Report of the Indian Hemp Drugs Commission, 1894-1895 - Volume IV
Year: 1894
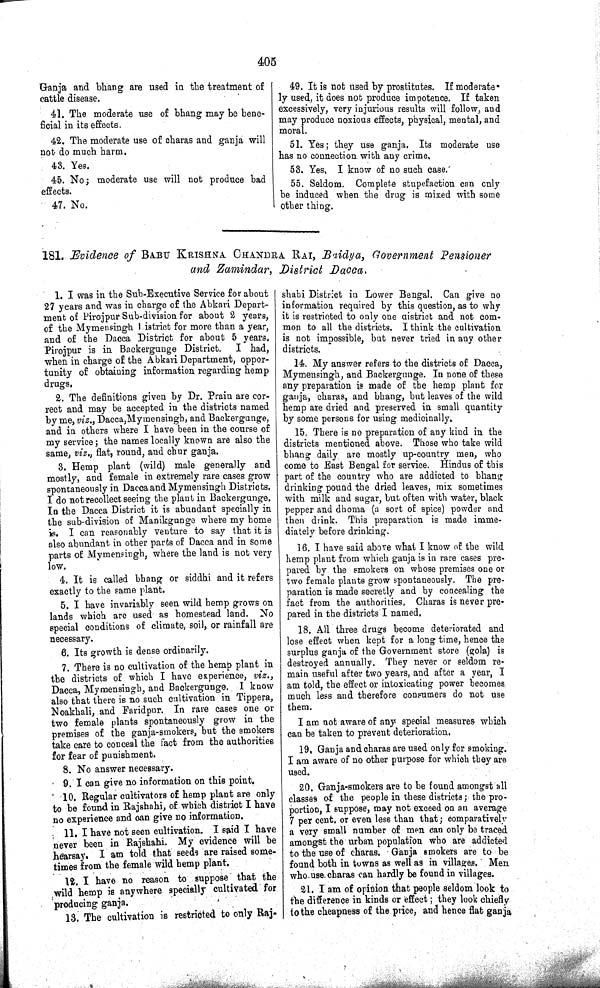
405
Ganja and bhang are used in the treatment of
cattle disease.
41. The moderate use of bhang may be bene-
ficial in its effects.
42. The moderate use of charas and ganja will
not do much harm.
43. Yes.
45. No; moderate use will not produce bad
effects.
47. No.
49. It is not used by prostitutes. If moderate-
ly used, it does not produce impotence. If taken
excessively, very injurious results will follow, and
may produce noxious effects, physical, mental, and
moral.
51. Yes; they use ganja. Its moderate use
has no connection with any crime.
53. Yes, I know of no such case.
55. Seldom. Complete stupefaction can only
be induced when the drug is mixed with some
other thing.
181. Evidence of BABU KRISHNA CHANDRA RAI, Baidya, Government Pensioner
and Zamindar, District Dacca.
1. I was in the Sub-Executive Service for about
27 years and was in charge of the Abkari Depart-
ment of Pirojpur Sub-division for about 2 years,
of the Mymensingh District for more than a year,
and of the Dacca District for about 5 years.
Pirojpur is in Backergunge District.
I had,
when in charge of the Abkari Department, oppor-
tunity of obtaining information regarding hemp
drugs.
2. The definitions given by Dr. Prain are cor-
rect and may be accepted in the districts named
by me, viz., Dacca,Mymensingh, and Backergunge,
and in others where I have been in the course of
my service; the names locally known are also the
same, viz., flat, round, and chur ganja.
3. Hemp plant (wild) male generally and
mostly, and female in extremely rare cases grow
spontaneously in Dacca and Mymensingh Districts.
I do not recollect seeing the plant in Backergunge.
In the Dacca District it is abundant specially in
the sub-division of Manikgunge where my home
is. I can reasonably venture to say that it is
also abundant in other parts of Dacca and in some
parts of Mymensingh, where the land is not very
low.
4. It is called bhang or siddhi and it refers
exactly to the same plant.
5. I have invariably seen wild hemp grows on
lands which are used as homestead land. No
special conditions of climate, soil, or rainfall are
necessary.
6. Its growth is dense ordinarily.
7. There is no cultivation of the hemp plant in
the districts of which I have experience, viz.,
Dacca, Mymensingh, and Backergunge. I know
also that there is no such cultivation in Tippera,
Noakhali, and Faridpur. In rare cases one or
two female plants spontaneously grow in the
premises of the ganja-smokers, but the smokers
take care to conceal the fact from the authorities
for fear of punishment.
8. No answer necessary.
9. I can give no information on this point.
10. Regular cultivators of hemp plant are only
to be found in Rajshahi, of which district I have
no experience and can give no information.
11. I have not seen cultivation. I said I have
never been in Rajshahi. My evidence will be
hearsay. I am told that seeds are raised some-
times from the female wild hemp plant.
12. I have no reason to suppose that the
wild hemp is anywhere specially cultivated for
producing ganja.
13. The cultivation is restricted to only Raj-
shahi District in Lower Bengal. Can give no
information required by this question, as to why
it is restricted to only one district and not com-
mon to all the districts. I think the cultivation
is not impossible, but never tried in any other
districts.
14. My answer refers to the districts of Dacca,
Mymensingh, and Backergunge. In none of these
any preparation is made of the hemp plant for
ganja, charas, and bhang, but leaves of the wild
hemp are dried and preserved in small quantity
by some persons for using medicinally.
15. There is no preparation of any kind in the
districts mentioned above. Those who take wild
bhang daily are mostly up-country men, who
come to East Bengal for service. Hindus of this
part of the country who are addicted to bhang
drinking pound the dried leaves, mix sometimes
with milk and sugar, but often with water, black
pepper and dhoma (a sort of spice) powder and
then drink. This preparation is made imme-
diately before drinking.
16. I have said above what I know of the wild
hemp plant from which ganja is in rare cases pre-
pared by the smokers on whose premises one or
two female plants grow spontaneously. The pre-
paration is made secretly and by concealing the
fact from the authorities. Charas is never pre-
pared in the districts I named.
18. All three drugs become deteriorated and
lose effect when kept for a long time, hence the
surplus ganja of the Government store (gola) is
destroyed annually. They never or seldom re-
main useful after two years, and after a year, I
am told, the effect or intoxicating power becomes
much less and therefore consumers do not use
them.
I am not aware of any special measures which
can be taken to prevent deterioration.
19. Ganja and charas are used only for smoking.
I am aware of no other purpose for which they are
used.
20. Ganja-smokers are to be found amongst all
classes of the people in these districts; the pro-
portion, I suppose, may not exceed on an average
7 per cent. or even less than that; comparatively
a very small number of men can only be traced
amongst the urban population who are addicted
to the use of charas. Ganja smokers are to be
found both in towns as well as in villages. Men
who use charas can hardly be found in villages.
21. I am of opinion that people seldom look to
the difference in kinds or effect; they look chiefly
to the cheapness of the price, and hence flat ganja